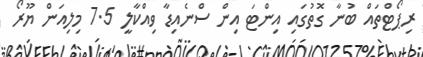
ރިޕޯޓްތައް ބުނާ ގޮތުގައި އިންޓަ އިން ސްނެއިޑާ ވިއްކާލީ 7.5 މިލިއަން ޔޫރޯ